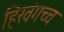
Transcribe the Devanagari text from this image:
हिरवंगच्च